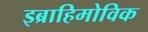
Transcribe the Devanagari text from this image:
इब्राहिमोविक